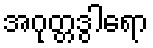
အဂုတ္တဒွါရော